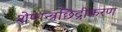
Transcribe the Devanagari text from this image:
शेषान्त्रछिद्रीकरण